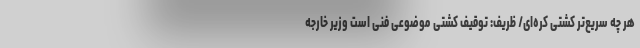
هر چه سریع‌تر کشتی کره‌ای/ ظریف: توقیف کشتی موضوعی فنی است وزیر خارجه